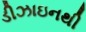
ડીઝાઇનથી